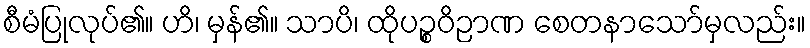
စီမံပြုလုပ်၏။ ဟိ၊ မှန်၏။ သာပိ၊ ထိုပဉ္စဝိဉာဏ စေတနာသော်မှလည်း။